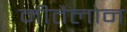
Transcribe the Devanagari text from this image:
मीतैलोन